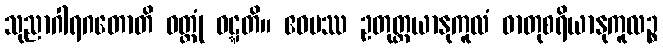
သုညာဂါရဂတောတိ ဝတ္တုံ ဝဋ္ဋတိ။ ဧဝမဿ ဥတုတ္တယာနုကူလံ ဓာတုစရိယာနုကူလဉ္စ